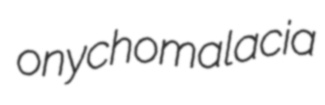
onychomalacia